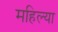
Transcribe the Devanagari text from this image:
महिल्या